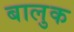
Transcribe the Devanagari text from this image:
बालुक